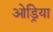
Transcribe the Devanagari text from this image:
ओड्रिया